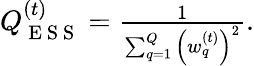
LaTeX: \begin{array}{r}{Q_{\mathrm{~E~S~S~}}^{(t)}=\frac{1}{\sum_{q=1}^{Q}\left(w_{q}^{(t)}\right)^{2}}.}\end{array}